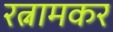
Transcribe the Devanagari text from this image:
रत्नामकर